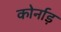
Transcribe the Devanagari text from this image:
कोर्नाड़